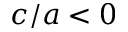
c / a < 0